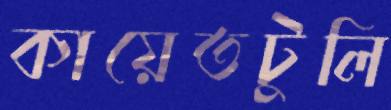
কায়েতটুলি